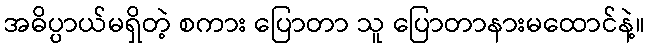
အဓိပ္ပာယ်မရှိတဲ့ စကား ပြောတာ သူ ပြောတာနားမထောင်နဲ့။